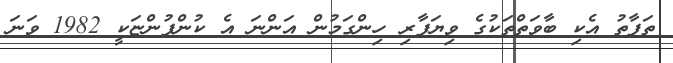
ތަފާތު އެކި ބާވަތްތަކުގެ ވިޔަފާރި ހިންގަމުން އަންނަ އެ ކުންފުންޏަކީ 1982 ވަނަ